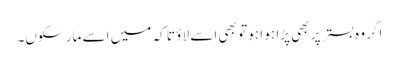
اگر وہ بستر پر بھی پڑا ہو ا ہو تو بھی اسے لا ؤ تا کہ میں اسے مار سکوں۔